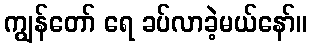
ကျွန်တော် ရေ ခပ်လာခဲ့မယ်နော်။